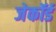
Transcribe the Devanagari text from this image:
जेकॉर्ड